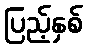
ပြည့်နှစ်